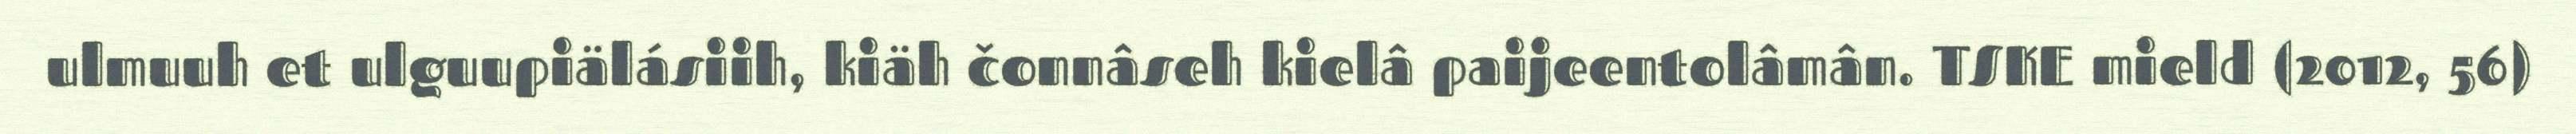
ulmuuh et ulguupiälásiih, kiäh čonnâseh kielâ paijeentolâmân. TSKE mield (2012, 56)